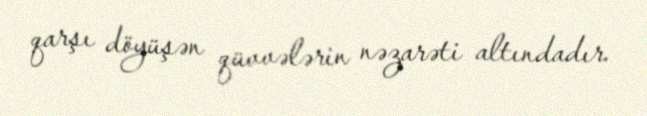
qarşı döyüşən qüvvələrin nəzarəti altındadır.